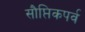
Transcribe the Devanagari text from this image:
सौप्तिकपर्व